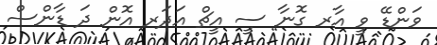
ވަންޑޭ ވީ އާރ ގޮނާ ސީ އީޗް އަދަރ އޮން ދަ ޑާންސް